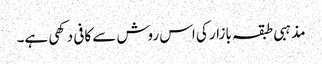
مذہبی طبقہ بازار کی اس روش سے کافی دکھی ہے۔